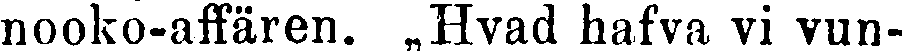
nooko-affären. „Hvad hafva vi vun-